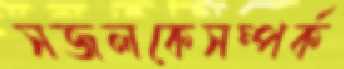
সজলকেসম্পর্ক